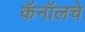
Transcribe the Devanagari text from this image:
कॅनॉलचे